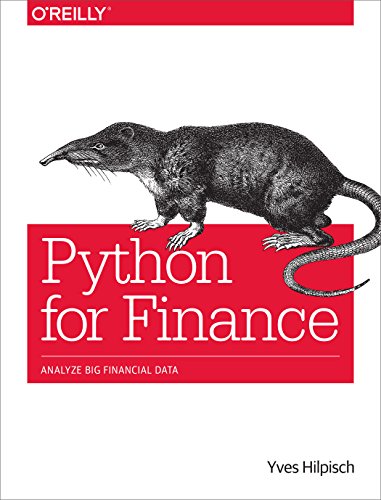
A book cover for Python for Finance: Analyze Big Financial Data; Yves Hilpisch; Computers & Technology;